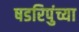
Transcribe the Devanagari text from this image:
षडरिपुंच्या